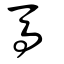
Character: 馬